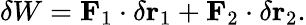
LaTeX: \delta W=\mathbf{F}_{1}\cdot\delta\mathbf{r}_{1}+\mathbf{F}_{2}\cdot\delta\mathbf{r}_{2}.